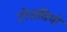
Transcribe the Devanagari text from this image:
टोनाचियो